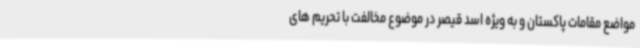
مواضع مقامات پاکستان و به ویژه اسد قیصر در موضوع مخالفت با تحریم های